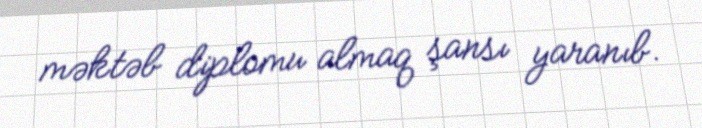
məktəb diplomu almaq şansı yaranıb.